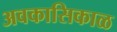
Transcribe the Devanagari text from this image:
अवकासिकाळ